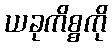
ယခုကိစ္စကို